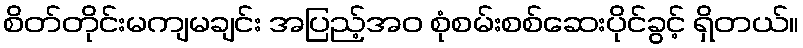
စိတ်တိုင်းမကျမချင်း အပြည့်အဝ စုံစမ်းစစ်ဆေးပိုင်ခွင့် ရှိတယ်။